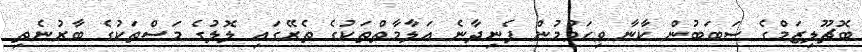
ބޮޗޫލިޒަމްގެ ސަބަބުން ކާނާ ވިހަވުމުން ފެނިދާނެ އަލާމާތްތަކުގެ ތެރޭގައި ލޮލުގެ މަސްތަކުގެ ބާރުނެތި